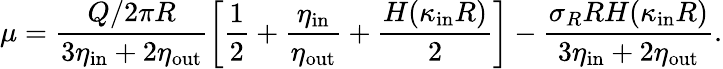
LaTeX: \mu=\frac{Q/2\pi R}{3\eta_{\mathrm{in}}+2\eta_{\mathrm{out}}}\left[\frac{1}{2}+\frac{\eta_{\mathrm{in}}}{\eta_{\mathrm{out}}}+\frac{H(\kappa_{\mathrm{in}}R)}{2}\right]-\frac{\sigma_{R}RH(\kappa_{\mathrm{in}}R)}{3\eta_{\mathrm{in}}+2\eta_{\mathrm{out}}}.